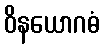
ဝိနယောဂဓံ